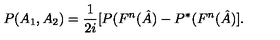
P ( A _ { 1 } , A _ { 2 } ) = \frac { 1 } { 2 i } [ P ( F ^ { n } ( \hat { A } ) - P ^ { \ast } ( F ^ { n } ( \hat { A } ) ] .